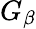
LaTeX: G_{\beta}